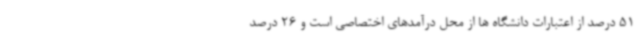
51 درصد از اعتبارات دانشگاه ها از محل درآمدهای اختصاصی است و 26 درصد